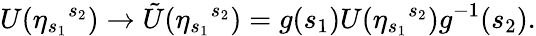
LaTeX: U({\eta}_{s_{1}}{}^{s_{2}})\rightarrow{\tilde{U}}({\eta}_{s_{1}}{}^{s_{2}})=g(s_{1})U({\eta}_{s_{1}}{}^{s_{2}})g^{-1}(s_{2}).